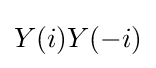
Y(i)Y(-i)